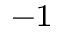
^ { - 1 }